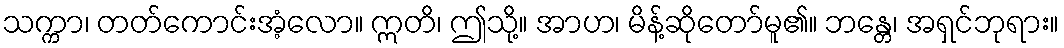
သက္ကာ၊ တတ်ကောင်းအံ့လော။ ဣတိ၊ ဤသို့။ အာဟ၊ မိန့်ဆိုတော်မူ၏။ ဘန္တေ၊ အရှင်ဘုရား။